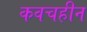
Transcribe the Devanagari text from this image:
कवचहीन